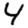
Digit: 4